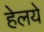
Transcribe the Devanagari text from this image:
हेलये